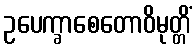
ဥပေက္ခာစေတောဝိမုတ္တိံ